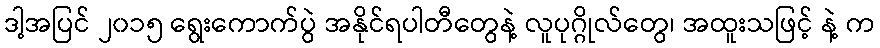
ဒါ့အပြင် ၂၀၁၅ ရွေးကောက်ပွဲ အနိုင်ရပါတီတွေနဲ့ လူပုဂ္ဂိုလ်တွေ၊ အထူးသဖြင့် နဲ့ က